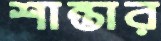
শান্তার